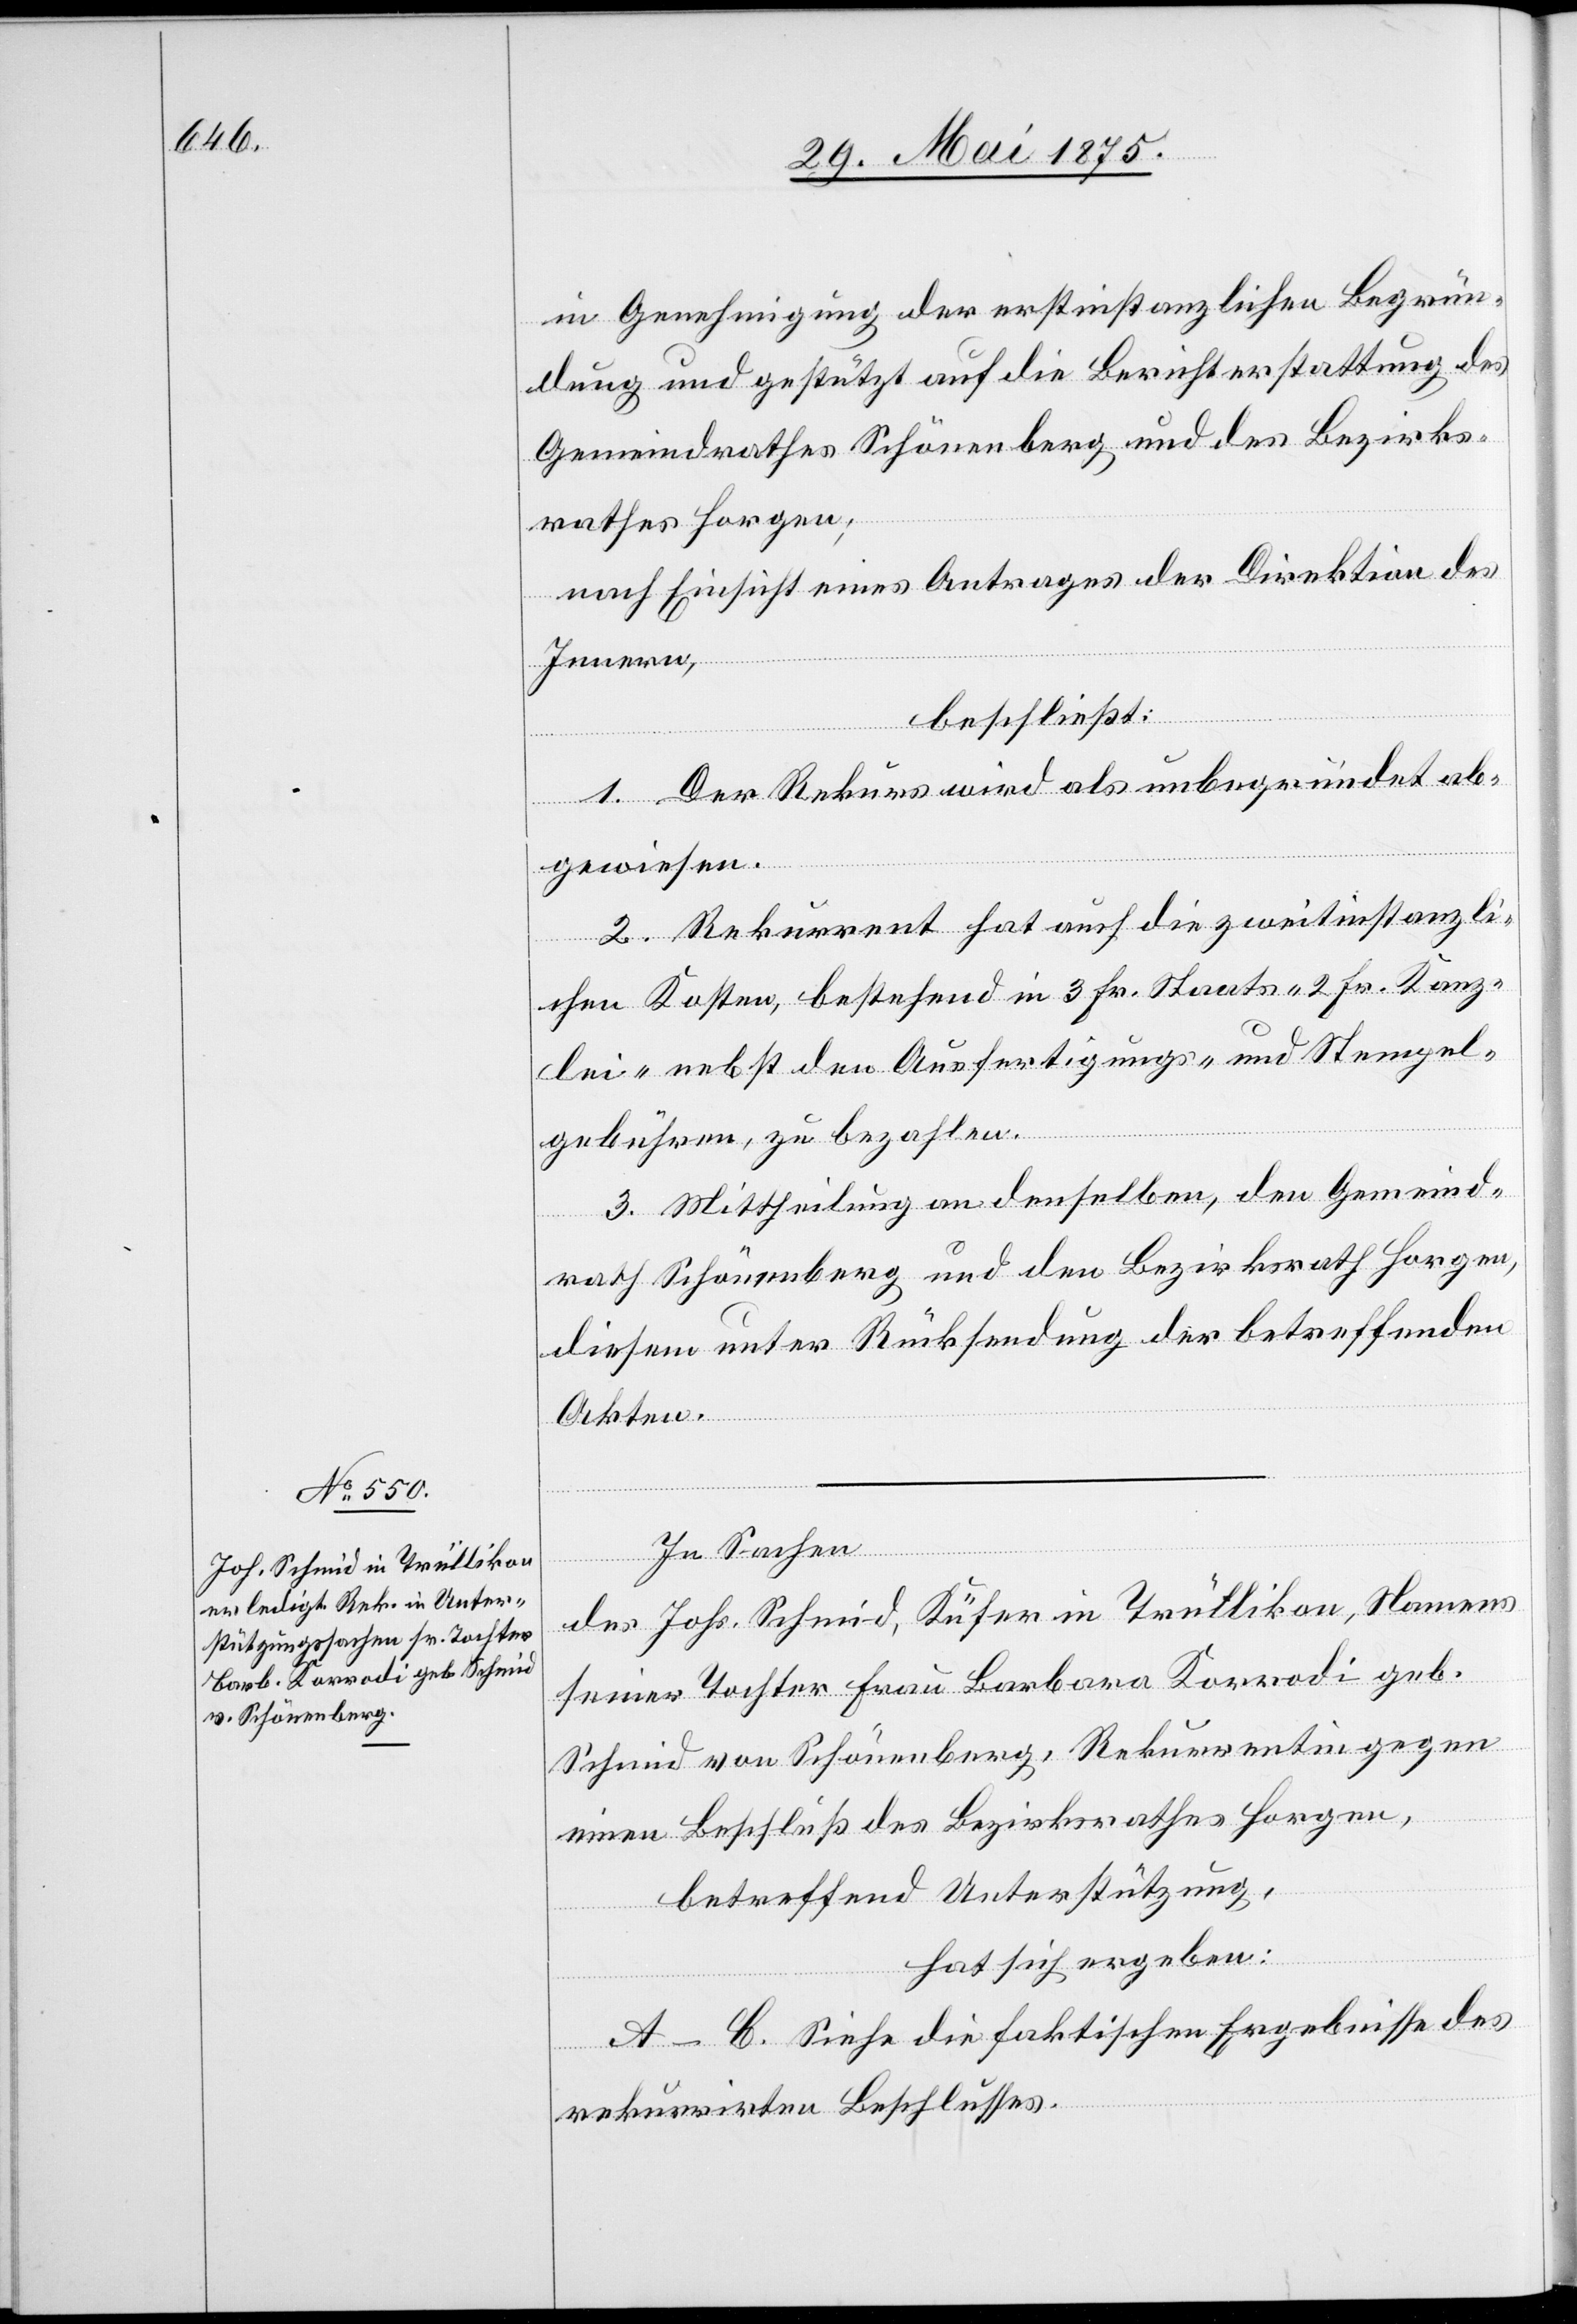
in Genehmigung der erstinstanzlichen Begrün¬
dung und gestützt auf die Berichterstattung des
Gemeindrathes Schönenberg und des Bezirks¬
rathes Horgen;
nach Einsicht eines Antrages der Direktion des
Innern,
beschließt:
1. Der Rekurs wird als unbegründet ab¬
gewiesen.
2. Rekurrent hat auch die zweitinstanzli¬
chen Kosten, bestehend in 3 Fr. Staats- 2 Fr. Kanz¬
lei- nebst den Ausfertigungs- und Stempel¬
gebühren, zu bezahlen.
3. Mittheilung an denselben, den Gemeind¬
rath Schönenberg und den Bezirksrath Horgen,
diesem unter Rücksendung der betreffenden
Akten.
In Sachen
des Johs. Schmid, Küfer in Trüllikon, Namens
seiner Tochter Frau Barbara Korradi geb.
Schmid von Schönenberg, Rekurrentin gegen
einen Beschluß des Bezirksrathes Horgen,
betreffend Unterstützung,
hat sich ergeben:
A.–C. Siehe die faktischen Ergebnisse des
rekurrirten Beschlusses.